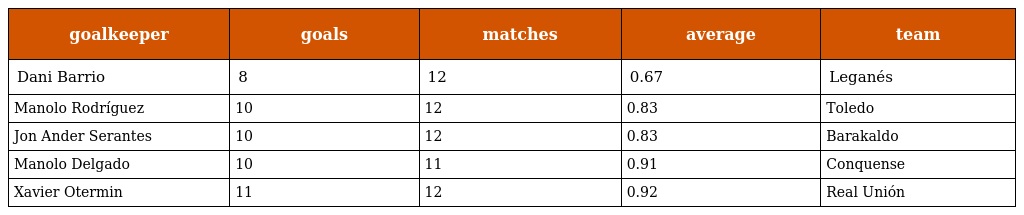
| goalkeeper | goals | matches | average | team |
 | --- | --- | --- | --- | --- |
 | Dani Barrio | 8 | 12 | 0.67 | Leganés |
 | Manolo Rodríguez | 10 | 12 | 0.83 | Toledo |
 | Jon Ander Serantes | 10 | 12 | 0.83 | Barakaldo |
 | Manolo Delgado | 10 | 11 | 0.91 | Conquense |
 | Xavier Otermin | 11 | 12 | 0.92 | Real Unión |